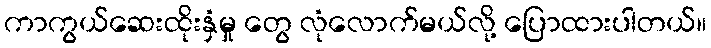
ကာကွယ်ဆေးထိုးနှံမှု တွေ လုံလောက်မယ်လို့ ပြောထားပါတယ်။